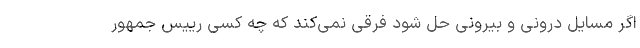
اگر مسایل درونی و بیرونی حل شود فرقی نمی‌کند که چه کسی رییس جمهور